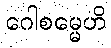
ဂေါစမ္မေဟိ